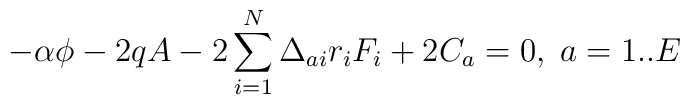
-\alpha\phi-2qA-2\sum_{i=1}^N\Delta_{ai}r_iF_i+2C_a=0,\;a=1..E